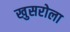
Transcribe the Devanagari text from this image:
खुसरोला